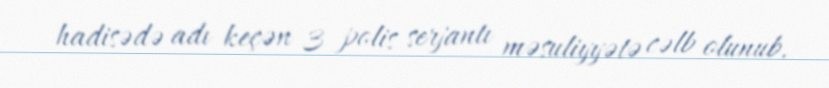
hadisədə adı keçən 3 polis serjantı məsuliyyətə cəlb olunub.